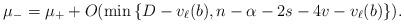
LaTeX: \begin{align*}\mu_-=\mu_+ + O(\min\left\{D-v_\ell(b),n-\alpha-2s-4v-v_\ell(b)\right\}).\end{align*}